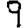
Digit: 9